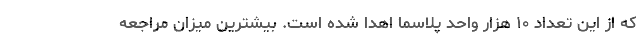
که از این تعداد ۱۰ هزار واحد پلاسما اهدا شده است. بیشترین میزان مراجعه